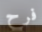
فرح